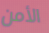
الأمن